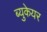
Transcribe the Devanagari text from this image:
ब्युकेयर